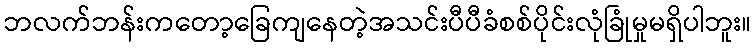
ဘလက်ဘန်းကတော့ခြေကျနေတဲ့အသင်းပီပီခံစစ်ပိုင်းလုံခြုံမှုမရှိပါဘူး။